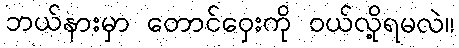
ဘယ်နားမှာ တောင်ဝှေးကို ဝယ်လို့ရမလဲ။